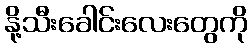
နို့သီးခေါင်းလေးတွေကို